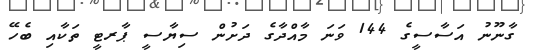
ގާނޫނު އަސާސީގެ 144 ވަނަ މާއްދާގެ ދަށުން ސިޔާސީ ޕާރޓީ ތަކާއި ބެހޭ